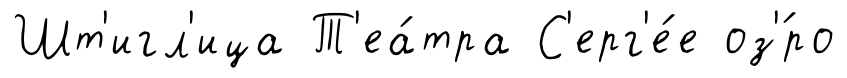
Шт'игл'ица Т'еа́тра С'ерг'е́е оз'́ро